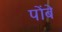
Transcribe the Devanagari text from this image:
पोंबे